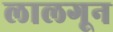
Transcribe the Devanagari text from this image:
लालगून